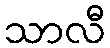
သာလီ